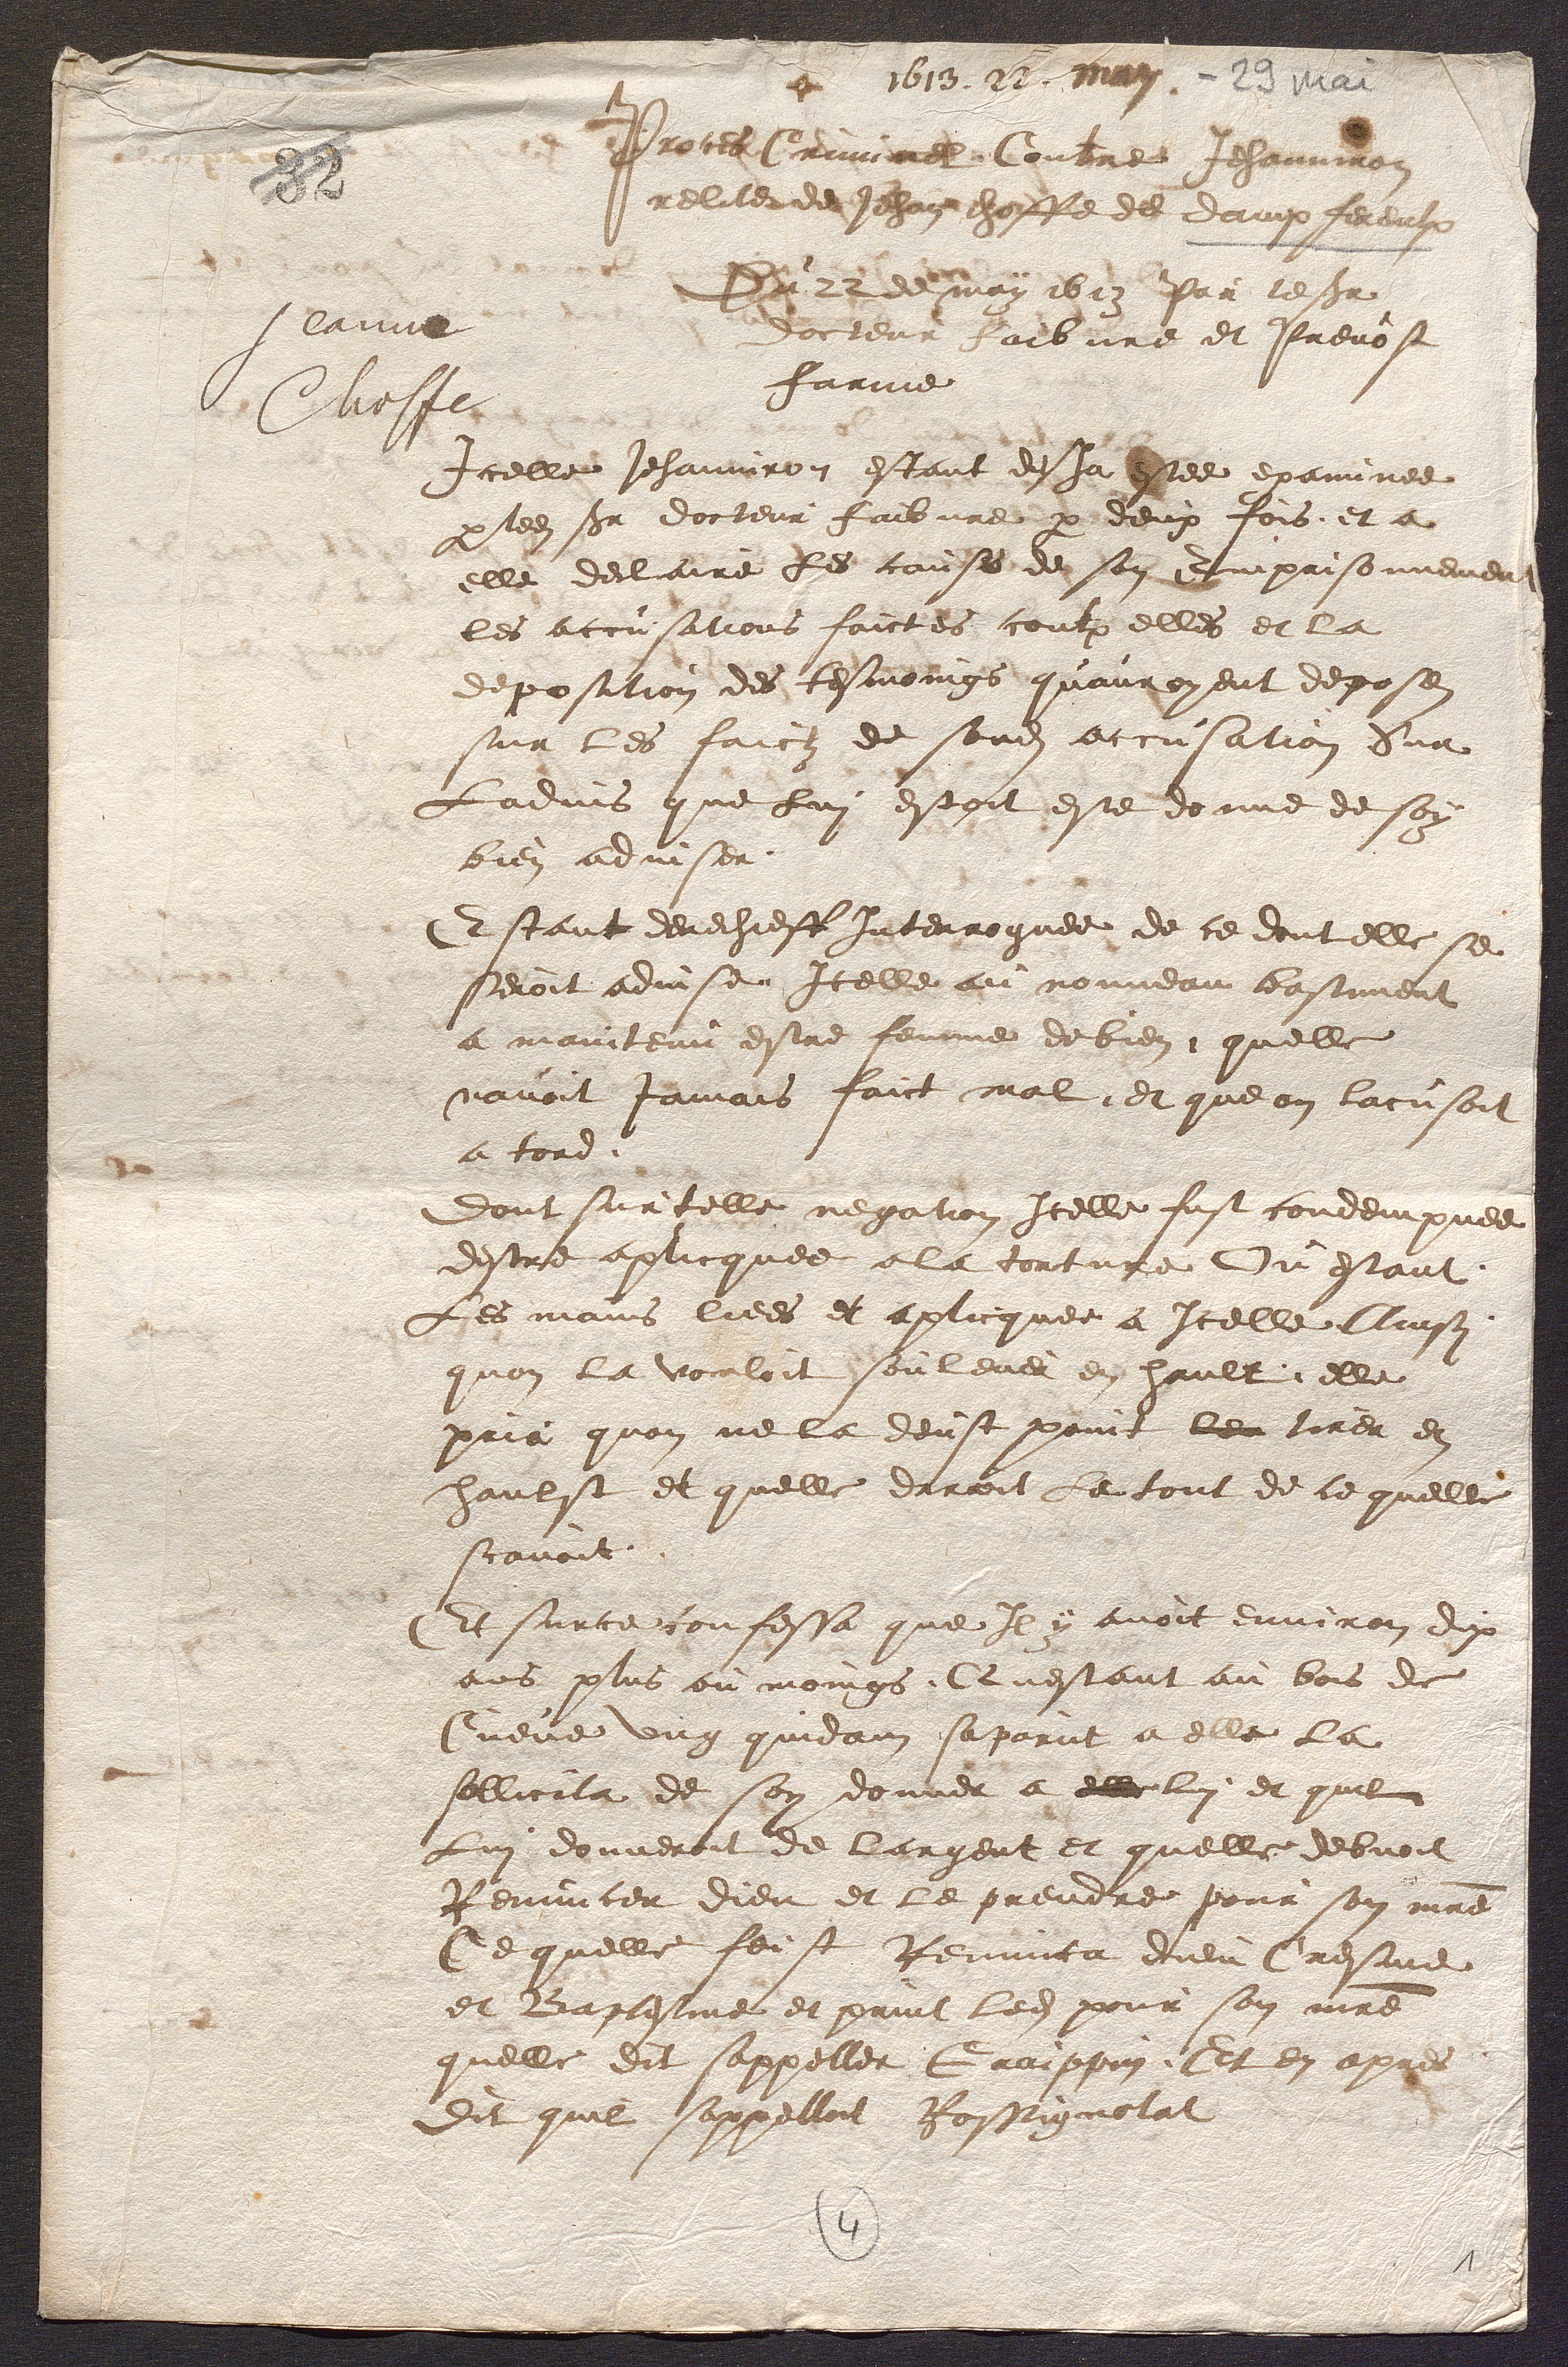
Proces Criminel Contre Jehanniron
reliter de Jehan choffe det damphereulx
Der 24 de may ib13 Par le se
docteur Rarbure et Prevost
farine
Icelle Jehanviron estant desha Nee examinee
par ledit seieur docteur faibure par deux fois, et a
elle declaire les causes de son domprisonnemer
les accusations faictes contr elles et la
deposition des tesmoings quauroyent deposen
sur les faictz de sondit accusation Sur
Ladvis que lui estoit este donne de soy
bien adviser.
Estant derechieff Interroguee de ce dont elle se
seroit advise Icelle ce nonneau bastiment
a manitenu estre femme de bien, quelle
navoit jamais faict mal, et que on lacusoit
a ford.
dont sur telle negation Icelle fust condempnee
destre aplicquee a la tortuce Ou estant
Les mains liees et aplicquee a icelle insy
quon la vouloit soulever en hault, elle
prir quon ne la deust point leu tirer en
haulst et quelle daroit le tout de ce quelle
scavoit
Et surce confessa que Il y avoit environ dix
ans plus ou moings, Questant au bois de
Cueve ung quidain saparut a elle la
sollicita de son donner a elle lui et quil
Lui donneroit de largent et quelle debvoit
Renuncer dieu et le prendre pour son maître
Ce quelle feist Renunea dieu Cresme
et Baptesme et print ledit pour son maître
quelle dit sappeller Gaappin. Et en apres
Dit quil sappelloit Rossignelat